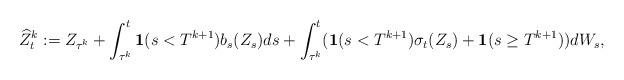
LaTeX: \begin{align*}\widehat Z_t^k:= Z_{\tau^k} + \int_{\tau^k}^t \mathbf {1}(s<T^{k+1}) b_s(Z_s) ds + \int_{\tau^k}^t (\mathbf {1}(s<T^{k+1})\sigma_t(Z_s) + \mathbf {1}(s\ge T^{k+1}))dW_s,\end{align*}